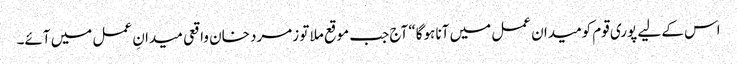
اس کے لیے پوری قوم کومیدان عمل میں آنا ہوگا“ آج جب موقع ملا تو زمرد خان واقعی میدانِ عمل میں آئے۔